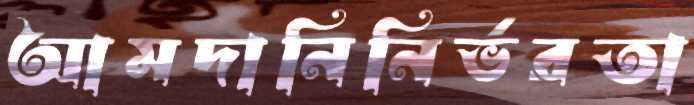
আমদানিনির্ভরতা